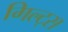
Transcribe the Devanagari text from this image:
गिल्ट्स